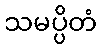
သမပ္ပိတံ